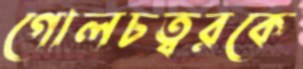
গোলচত্বরকে